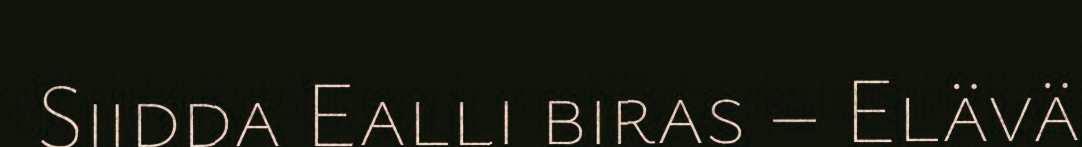
Siidda Ealli biras – Elävä